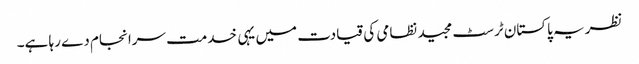
نظریہ پاکستان ٹرسٹ مجید نظامی کی قیادت میں یہی خدمت سرانجام دے رہا ہے۔